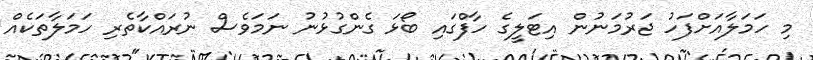
މި ހަމަލާއަށްފަހު ޖަރުމަނުން އިޓަލީގެ ހާފްގައި ބޯޅަ ގެންގުޅުނު ނަމަވެސް ނުރައްކާތެރި ހަމަލާތަކެއް